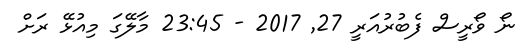
ނޯ ވޯރީސް ފެބުރުއަރީ 27